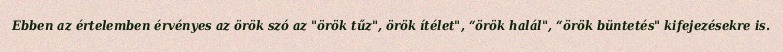
Ebben az értelemben érvényes az örök szó az "örök tűz", örök ítélet", “örök halál", “örök büntetés" kifejezésekre is.